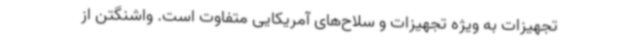
تجهیزات به ویژه تجهیزات و سلاح‌های آمریکایی متفاوت است. واشنگتن از